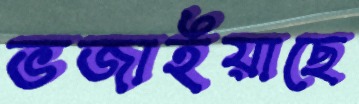
ভজাইয়াছে